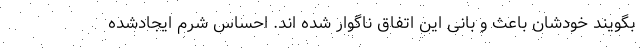
بگویند خودشان باعث و بانی این اتفاق ناگوار شده اند. احساس شرم ایجادشده